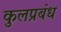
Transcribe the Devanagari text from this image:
कुलप्रबंध